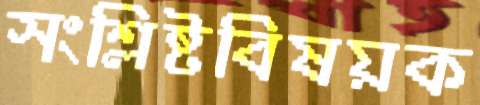
সংশ্লিষ্টবিষয়ক